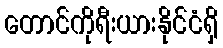
တောင်ကိုရီးယားနိုင်ငံရှိ